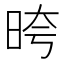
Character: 晇